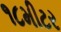
૧૮મીટર